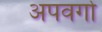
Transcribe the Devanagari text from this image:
अपवर्गो